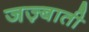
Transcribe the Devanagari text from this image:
जज़्बाती